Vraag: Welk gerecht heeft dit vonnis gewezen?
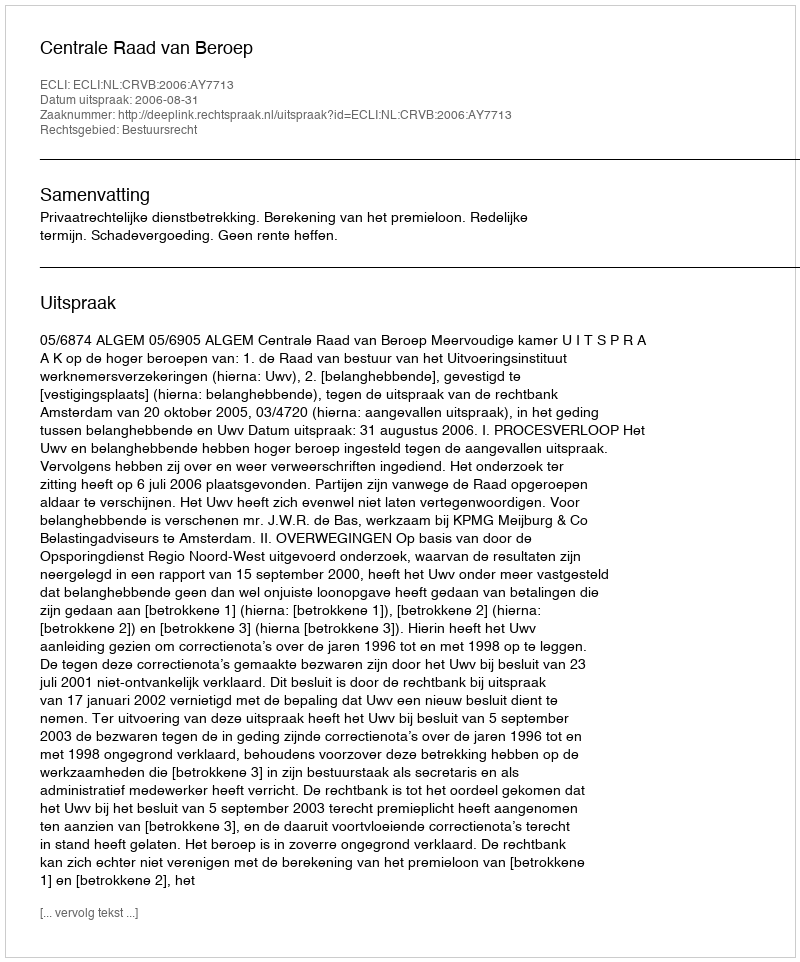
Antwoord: Centrale Raad van Beroep